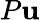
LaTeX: P\mathbf{u}